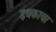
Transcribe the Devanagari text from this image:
इथकाचा